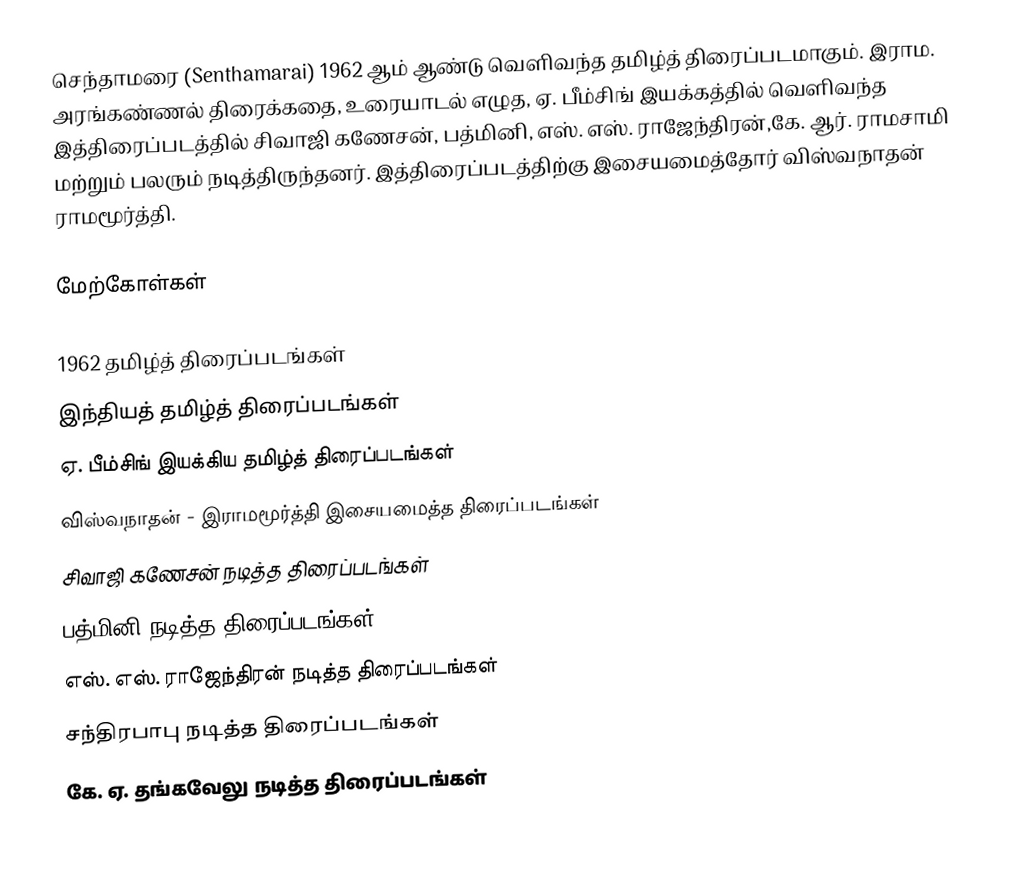
செந்தாமரை (Senthamarai) 1962 ஆம் ஆண்டு வெளிவந்த தமிழ்த் திரைப்படமாகும். இராம. அரங்கண்ணல் திரைக்கதை, உரையாடல் எழுத,   ஏ. பீம்சிங் இயக்கத்தில் வெளிவந்த இத்திரைப்படத்தில் சிவாஜி கணேசன், பத்மினி, எஸ். எஸ். ராஜேந்திரன்,கே. ஆர். ராமசாமி மற்றும் பலரும் நடித்திருந்தனர். இத்திரைப்படத்திற்கு இசையமைத்தோர் விஸ்வநாதன் ராமமூர்த்தி.

மேற்கோள்கள்

1962 தமிழ்த் திரைப்படங்கள்
இந்தியத் தமிழ்த் திரைப்படங்கள்
ஏ. பீம்சிங் இயக்கிய தமிழ்த் திரைப்படங்கள்
விஸ்வநாதன் - இராமமூர்த்தி இசையமைத்த திரைப்படங்கள்
சிவாஜி கணேசன் நடித்த திரைப்படங்கள்
பத்மினி நடித்த திரைப்படங்கள்
எஸ். எஸ். ராஜேந்திரன் நடித்த திரைப்படங்கள்
சந்திரபாபு நடித்த திரைப்படங்கள்
கே. ஏ. தங்கவேலு நடித்த திரைப்படங்கள்